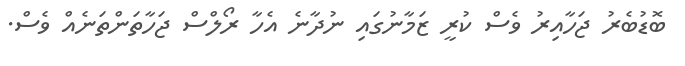
ބޮޑުބެރު ޖަހާއިރު ވެސް ކުރީ ޒަމާނުގައި ނުދާނެ އެހާ ރޯލްސް ޖަހާތަންތަނެއް ވެސް.